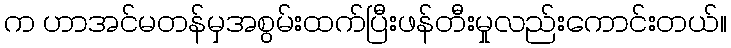
က ဟာအင်မတန်မှအစွမ်းထက်ပြီးဖန်တီးမှုလည်းကောင်းတယ်။